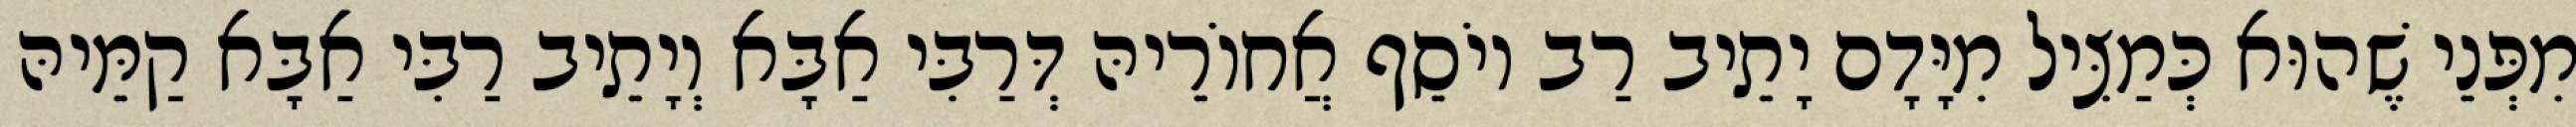
מִפְּנֵי שֶׁהוּא כְּמַצִּיל מִיָּדָם יָתֵיב רַב יוֹסֵף אֲחוֹרֵיהּ דְּרַבִּי אַבָּא וְיָתֵיב רַבִּי אַבָּא קַמֵּיהּ